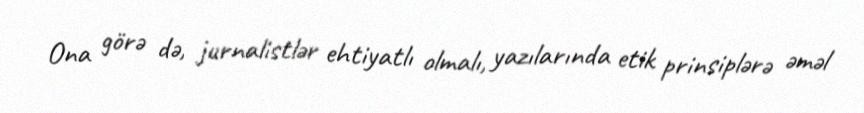
Ona görə də, jurnalistlər ehtiyatlı olmalı, yazılarında etik prinsiplərə əməl